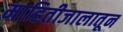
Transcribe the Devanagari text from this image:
माहितीजालातून